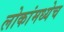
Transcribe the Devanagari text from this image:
लोकांमध्येच